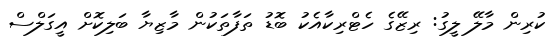
ކުރިން މާލޭ ލީގު: ރިޒޭގެ ހެޓްރިކާއެކު ބޮޑު ތަފާތަކުން މާޒިޔާ ބަލިކޮށް އީގަލްސް